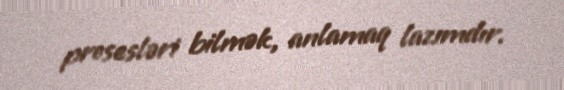
prosesləri bilmək, anlamaq lazımdır.